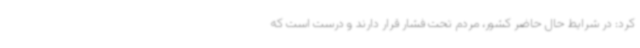
کرد: در شرایط حال حاضر کشور، مردم تحت فشار قرار دارند و درست است که